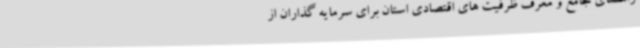
راهنمای جامع و معرف ظرفیت های اقتصادی استان برای سرمایه گذاران از